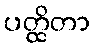
ပတ္ထိတာ